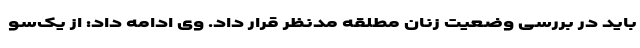
باید در بررسی وضعیت زنان مطلقه مدنظر قرار داد. وی ادامه داد: از یک‌سو